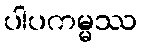
ပါပကမ္မဿ